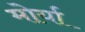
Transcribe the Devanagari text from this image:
मोर्या